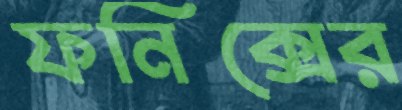
ফনিক্সের